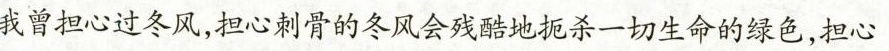
我曾担心过冬风，担心刺骨的冬风会残酷地扼杀一切生命的绿色，担心